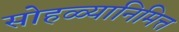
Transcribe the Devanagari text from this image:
सोहळ्यानिमित्त